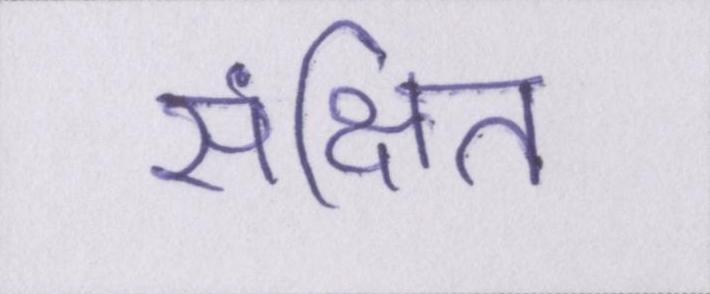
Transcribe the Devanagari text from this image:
संक्षित